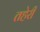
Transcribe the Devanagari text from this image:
तहेरी